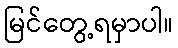
မြင်တွေ့ရမှာပါ။